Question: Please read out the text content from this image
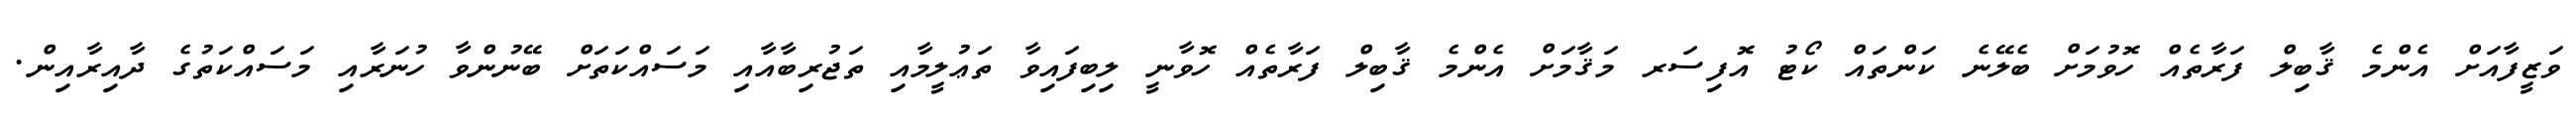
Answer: ވަޒީފާއަށް އެންމެ ޤާބިލް ފަރާތެއް ހޮވުމަށް ބެލޭނެ ކަންތައް ކޯޓު އޮފިސަރ މަޤާމަށް އެންމެ ޤާބިލް ފަރާތެއް ހޮވާނީ ލިބިފައިވާ ތަޢުލީމާއި ތަޖުރިބާއާއި މަސައްކަތަށް ބޭނުންވާ ހުނަރާއި މަސައްކަތުގެ ދާއިރާއިން.